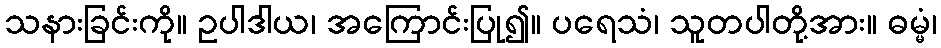
သနားခြင်းကို။ ဥပါဒါယ၊ အကြောင်းပြု၍။ ပရေသံ၊ သူတပါတို့အား။ ဓမ္မံ၊